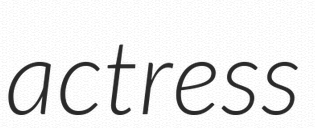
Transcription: actress